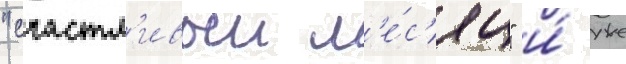
"счастл'ивыи м'е́с'яц" и́ уже